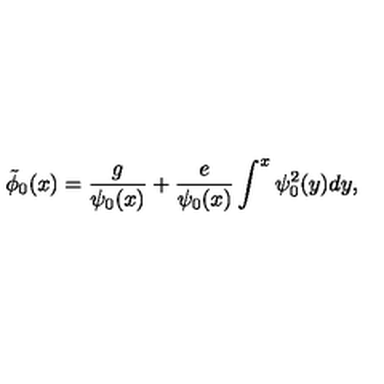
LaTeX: \tilde { \phi } _ { 0 } ( x ) = \frac { g } { \psi _ { 0 } ( x ) } + \frac { e } { \psi _ { 0 } ( x ) } \int ^ { x } \psi _ { 0 } ^ { 2 } ( y ) d y ,